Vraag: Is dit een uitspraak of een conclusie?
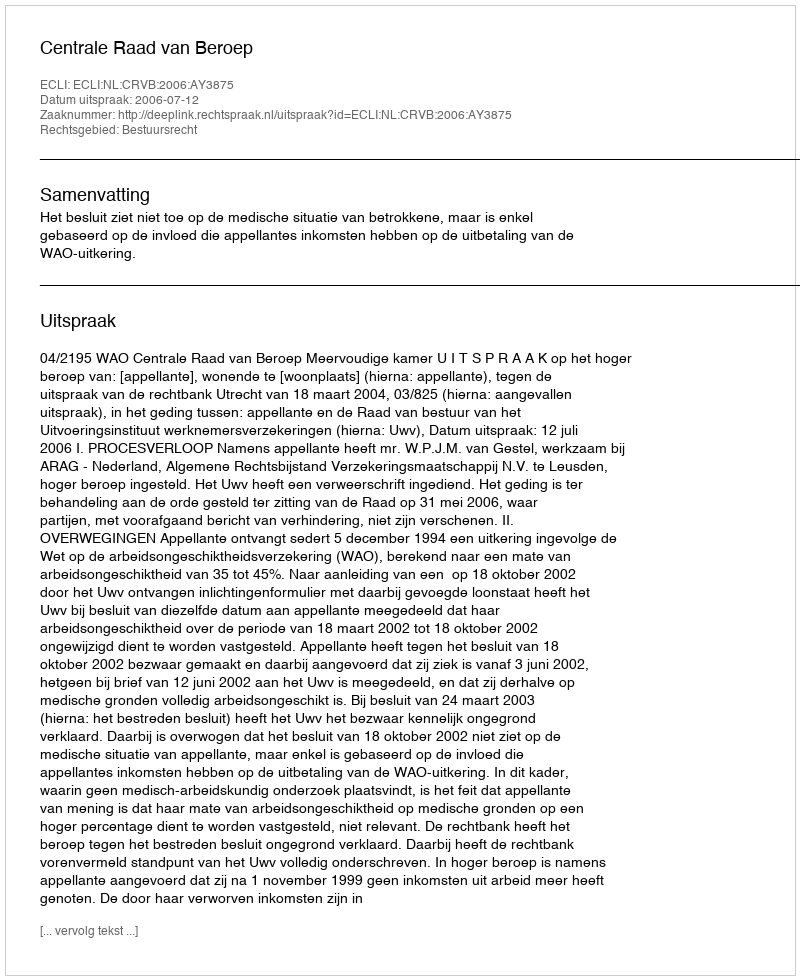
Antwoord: Uitspraak